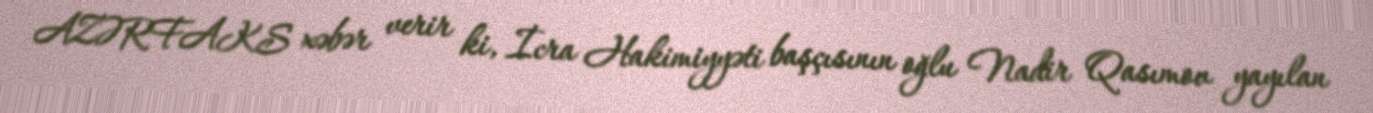
AZƏRFAKS xəbər verir ki, İcra Hakimiyyəti başçısının oğlu Nadir Qasımov yayılan